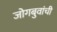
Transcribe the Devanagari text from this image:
जोगबुवांची